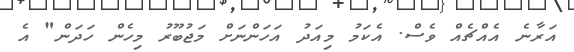
އަރާނެ އެއްޗެއް ވެސް. އެކަމު މިއަދު އަހަންނަށް މަޖުބޫރު މިހެން ހަދަން" އެ